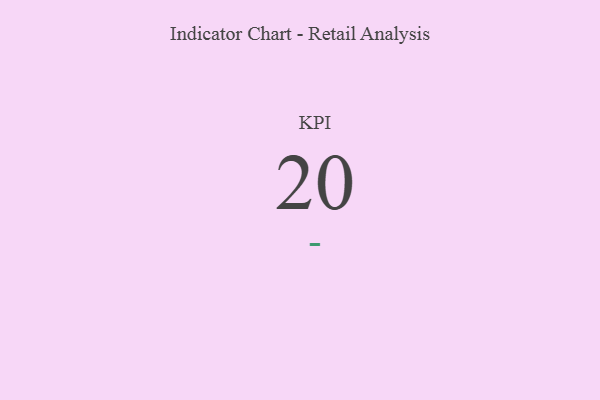
{"axis": {"x": "KPI", "y": "Value"}, "legend": [""], "data": [{"x": "KPI", "y": 20, "type": ""}]}